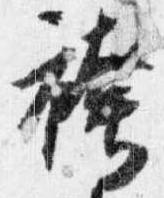
袴